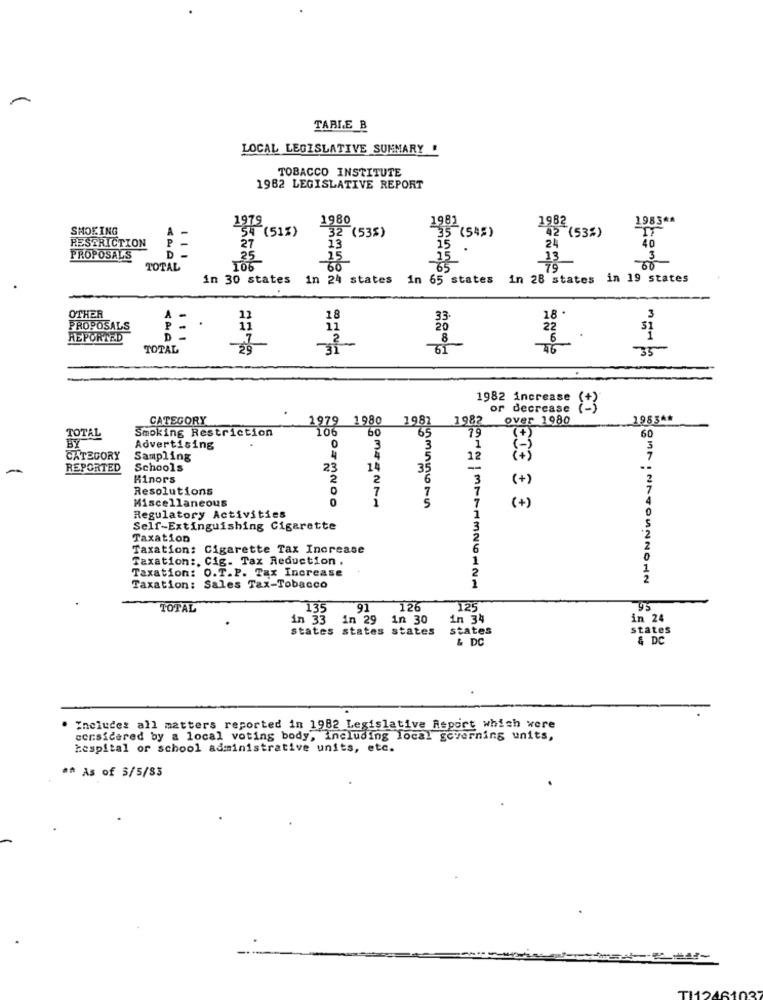
TABLE B
LOCAL LEGISLATIVE SUMMARY
TOBACCO INSTITUTE
1962 LEGISLATIVE REPORT
1979
1980
1981
1982
1983 **
SMOKING
A
54 (51%)
32 (53%)
35 (548)
RESTRICTION
P-
D
27
13
15
.
40
PROPOSALS
35
15
TOTAL
106
in 30 states in 24 states in 65 states
in 28 states in 19 states
OTHER
3
PROPOSALS
REPORTED
D
TOTAL
1982 increase 3
or decrease
CATEGORY
1980 1987
1982
over 1980
19834*
Smoking Restriction
TOTAL
60
Advertising
CATEGORY
Sampling
-
REPORTED
Schools
Minors
(+ )
Resolutions
Miscellaneous
OTMNDO
(+)
Regulatory Activities
Self-Extinguishing Cigarette
Taxation
Taxation: Cigarette Tax Increase
Taxation :, Cig. Tax Reduction .
Taxation: O.T.P. Tax Increase
OMr INATOUNNO-IN
Taxation: Sales Tax-Tobacco
TOTAL
135
91 126
125
in 33
in 29
in 30
in 34
in 24
states states states
states
states
& DC
& DC
"neluces all matters reported in 1982 Legislative Report which were
considered by a local voting body, including local governing units,
tespital or school administrative units, etc.
** As of $/5/85
12AB1